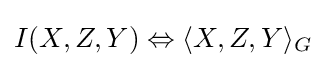
I(X,Z,Y)\Leftrightarrow \langle X,Z,Y\rangle _{G}